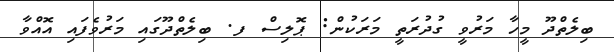
ބިލެތްދޫ މީހާ މަރުވީ ގުދުރަތީ މަރަކުން: ޕޮލިސް ފ. ބިލެތްދޫގައި މަރުވެފައި އޮއްވާ